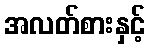
အလတ်စားနှင့်